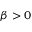
\beta > 0